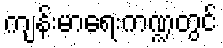
ကျန်းမာရေးကဏ္ဍတွင်